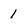
Character: 1